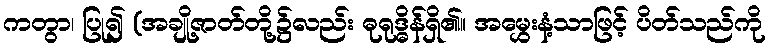
ကတွာ၊ ပြု၍ (အချို့ဇာတ်တို့၌လည်း ဓုရုဒ္ဓိန်ရှိ၏။ အမွှေးနံ့သာဖြင့် ပိတ်သည်ကို